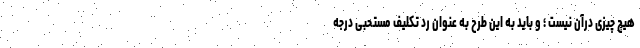
هیچ چیزی درآن نیست ؛ و باید به این طرح به عنوان رد تکلیف مستحبی درجه